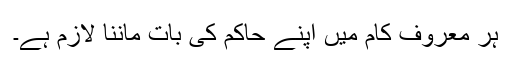
ہر معروف کام میں اپنے حاکم کی بات ماننا لازم ہے۔